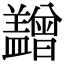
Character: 𥃙